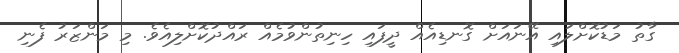
ގާތު މަޑުކޮށްލައި އޭނައަށް ގޮނޑިއެއް ދީފައި ހިނިތުންވުމެއް ރައްދުކޮށްލިއެވެ. މި މަންޒަރު ފެނި